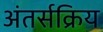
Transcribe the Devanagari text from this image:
अंतर्सक्रिय